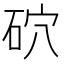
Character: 𥑫